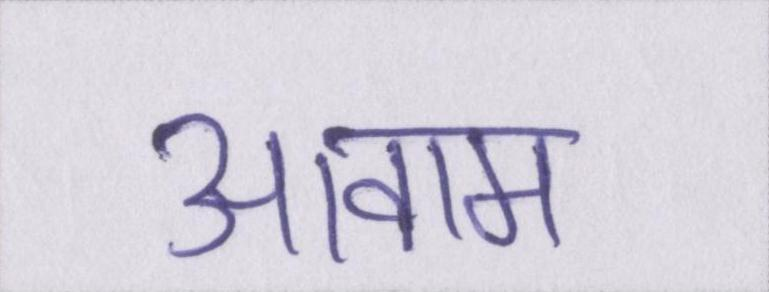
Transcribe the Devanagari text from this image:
आवाम